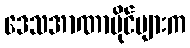
ဒေသအာဏာပိုင်များက